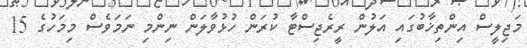
މަޖިލީސް އިންތިޚާބުގައި އަލުން ރީރެޖިސްޓާ ކުރަން ހުޅުވާލަން ނިންމި ނަމަވެސް މިމަހުގެ 15